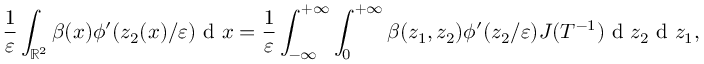
\frac { 1 } { \varepsilon } \int _ { \mathbb { R } ^ { 2 } } \beta ( x ) \phi ^ { \prime } ( z _ { 2 } ( x ) / \varepsilon ) \textrm { d } x = \frac { 1 } { \varepsilon } \int _ { - \infty } ^ { + \infty } \int _ { 0 } ^ { + \infty } \beta ( z _ { 1 } , z _ { 2 } ) \phi ^ { \prime } ( z _ { 2 } / \varepsilon ) J ( T ^ { - 1 } ) \textrm { d } z _ { 2 } \textrm { d } z _ { 1 } ,